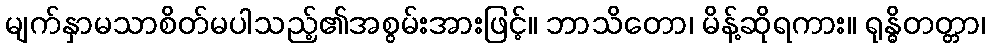
မျက်နှာမသာစိတ်မပါသည့်၏အစွမ်းအားဖြင့်။ ဘာသိတော၊ မိန့်ဆိုရကား။ ရုန္ဓိတတ္တာ၊